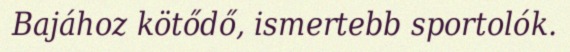
Bajához kötődő, ismertebb sportolók.